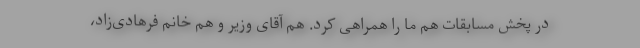
در پخش مسابقات هم ما را همراهی کرد. هم آقای وزیر و هم خانم فرهادی‌زاد،